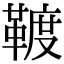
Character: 䩲